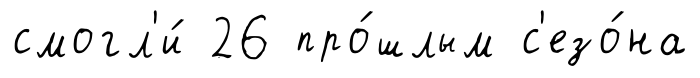
смогл'и́ 26 про́шлым с'езо́на